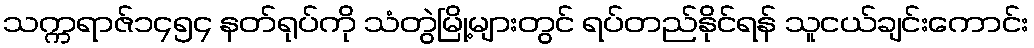
သက္ကရာဇ်၁၄၅၄ နတ်ရုပ်ကို သံတွဲမြို့များတွင် ရပ်တည်နိုင်ရန် သူငယ်ချင်းကောင်း